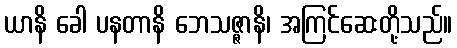
ယာနိ ခေါ ပနတာနိ ဘေသဇ္ဇာနိ၊ အကြင်ဆေးတို့သည်။